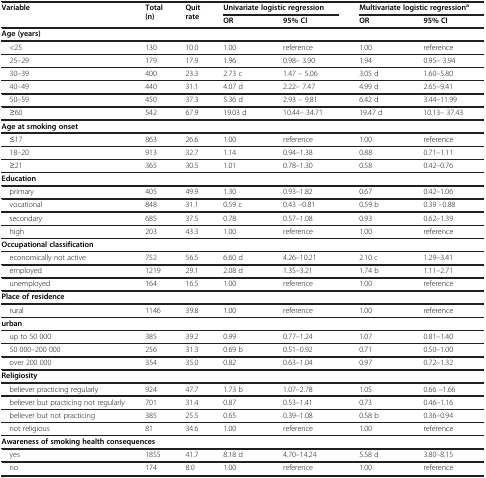
<table><thead><tr><td rowspan="2"><b>Variable</b></td><td rowspan="2"><b>Total (n)</b></td><td rowspan="2"><b>Quit rate</b></td><td colspan="2"><b>Univariate logistic regression</b></td><td colspan="2"><b>Multivariate logistic regression<sup>a</sup></b></td></tr><tr><td><b>OR</b></td><td><b>95% CI</b></td><td><b>OR</b></td><td><b>95% CI</b></td></tr></thead><tbody><tr><td colspan="7"><b>Age (years)</b></td></tr><tr><td> &lt;25</td><td>130</td><td>10.0</td><td>1.00</td><td>reference</td><td>1.00</td><td>reference</td></tr><tr><td> 25–29</td><td>179</td><td>17.9</td><td>1.96</td><td>0.98– 3.90</td><td>1.94</td><td>0.95– 3.94</td></tr><tr><td> 30–39</td><td>400</td><td>23.3</td><td>2.73 c</td><td>1.47 – 5.06</td><td>3.05 d</td><td>1.60–5.80</td></tr><tr><td> 40–49</td><td>440</td><td>31.1</td><td>4.07 d</td><td>2.22– 7.47</td><td>4.99 d</td><td>2.65–9.41</td></tr><tr><td> 50–59</td><td>450</td><td>37.3</td><td>5.36 d</td><td>2.93 – 9.81</td><td>6.42 d</td><td>3.44–11.99</td></tr><tr><td> ≥60</td><td>542</td><td>67.9</td><td>19.03 d</td><td>10.44– 34.71</td><td>19.47 d</td><td>10.13– 37.43</td></tr><tr><td colspan="7"><b>Age at smoking onset</b></td></tr><tr><td> ≤17</td><td>863</td><td>26.6</td><td>1.00</td><td>reference</td><td>1.00</td><td>reference</td></tr><tr><td> 18–20</td><td>913</td><td>32.7</td><td>1.14</td><td>0.94–1.38</td><td>0.88</td><td>0.71–1.11</td></tr><tr><td> ≥21</td><td>365</td><td>30.5</td><td>1.01</td><td>0.78–1.30</td><td>0.58</td><td>0.42–0.76</td></tr><tr><td colspan="7"><b>Education</b></td></tr><tr><td> primary</td><td>405</td><td>49.9</td><td>1.30</td><td>0.93–1.82</td><td>0.67</td><td>0.42–1.06</td></tr><tr><td> vocational</td><td>848</td><td>31.1</td><td>0.59 c</td><td>0.43 –0.81</td><td>0.59 b</td><td>0.39 –0.88</td></tr><tr><td> secondary</td><td>685</td><td>37.5</td><td>0.78</td><td>0.57–1.08</td><td>0.93</td><td>0.62–1.39</td></tr><tr><td> high</td><td>203</td><td>43.3</td><td>1.00</td><td>reference</td><td>1.00</td><td>reference</td></tr><tr><td colspan="7"><b>Occupational classification</b></td></tr><tr><td> economically not active</td><td>752</td><td>56.5</td><td>6.60 d</td><td>4.26–10.21</td><td>2.10 c</td><td>1.29–3.41</td></tr><tr><td> employed</td><td>1219</td><td>29.1</td><td>2.08 d</td><td>1.35–3.21</td><td>1.74 b</td><td>1.11–2.71</td></tr><tr><td> unemployed</td><td>164</td><td>16.5</td><td>1.00</td><td>reference</td><td>1.00</td><td>reference</td></tr><tr><td colspan="7"><b>Place of residence</b></td></tr><tr><td> rural</td><td>1146</td><td>39.8</td><td>1.00</td><td>reference</td><td>1.00</td><td>reference</td></tr><tr><td colspan="7"><b>urban</b></td></tr><tr><td> up to 50 000</td><td>385</td><td>39.2</td><td>0.99</td><td>0.77–1.24</td><td>1.07</td><td>0.81–1.40</td></tr><tr><td> 50 000–200 000</td><td>256</td><td>31.3</td><td>0.69 b</td><td>0.51–0.92</td><td>0.71</td><td>0.50–1.00</td></tr><tr><td> over 200 000</td><td>354</td><td>35.0</td><td>0.82</td><td>0.63–1.04</td><td>0.97</td><td>0.72–1.32</td></tr><tr><td colspan="7"><b>Religiosity</b></td></tr><tr><td> believer practicing regularly</td><td>924</td><td>47.7</td><td>1.73 b</td><td>1.07–2.78</td><td>1.05</td><td>0.66 –1.66</td></tr><tr><td> believer but practicing not regularly</td><td>701</td><td>31.4</td><td>0.87</td><td>0.53–1.41</td><td>0.73</td><td>0.46–1.16</td></tr><tr><td> believer but not practicing</td><td>385</td><td>25.5</td><td>0.65</td><td>0.39–1.08</td><td>0.58 b</td><td>0.36–0.94</td></tr><tr><td> not religious</td><td>81</td><td>34.6</td><td>1.00</td><td>reference</td><td>1.00</td><td>reference</td></tr><tr><td colspan="7"><b>Awareness of smoking health consequences</b></td></tr><tr><td> yes</td><td>1855</td><td>41.7</td><td>8.18 d</td><td>4.70–14.24</td><td>5.58 d</td><td>3.80–8.15</td></tr><tr><td> no</td><td>174</td><td>8.0</td><td>1.00</td><td>reference</td><td>1.00</td><td>reference</td></tr></tbody></table>